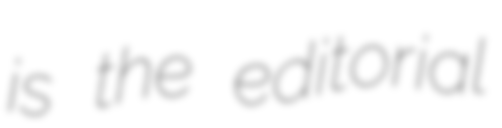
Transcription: is the editorial